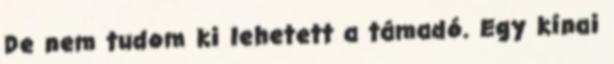
De nem tudom ki lehetett a támadó. Egy kínai